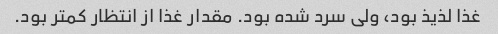
غذا لذیذ بود، ولی سرد شده بود. مقدار غذا از انتظار کمتر بود.